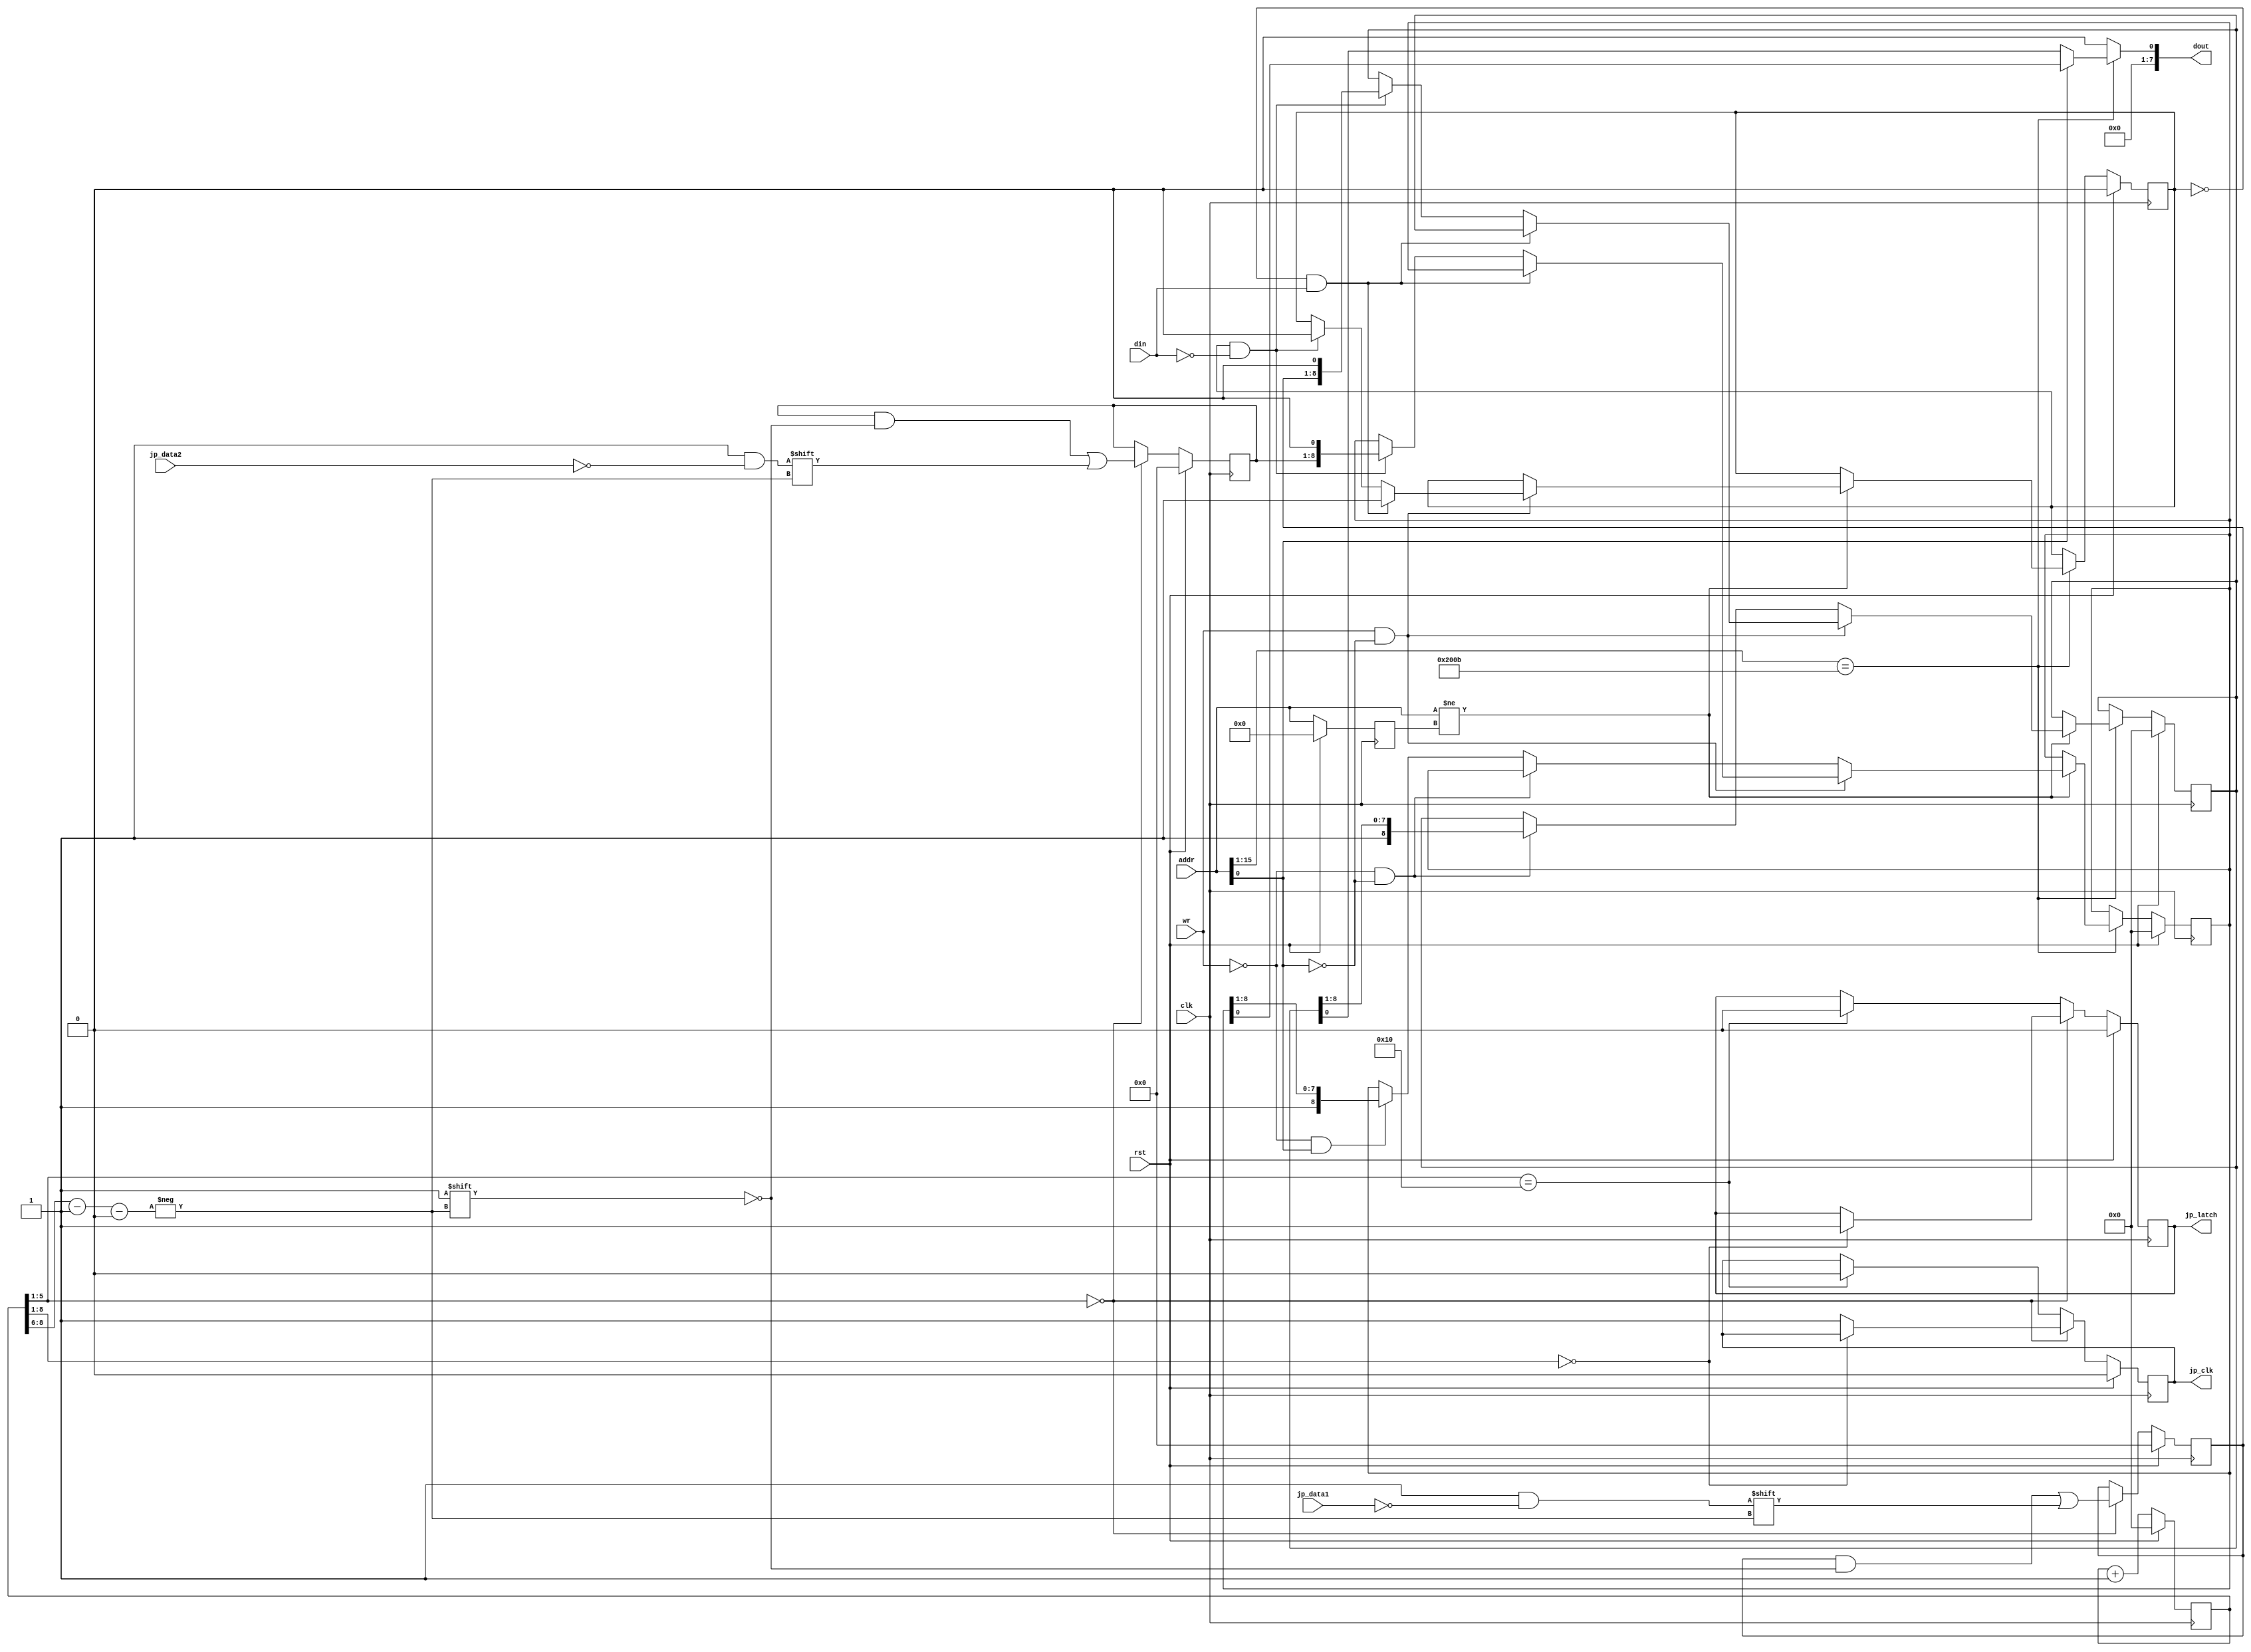
module jp_1
(
  input  wire        clk,       
  input  wire        rst,       
  input  wire        wr,        
  input  wire [15:0] addr,      
  input  wire        din,       
  input  wire        jp_data1,  
  input  wire        jp_data2,  
  output wire        jp_clk,    
  output wire        jp_latch,  
  output reg  [ 7:0] dout       
);
reg [7:0] q_jp1_state, d_jp1_state;
reg [7:0] q_jp2_state, d_jp2_state;
reg       q_jp_clk,    d_jp_clk;
reg       q_jp_latch,  d_jp_latch;
reg [8:0] q_cnt,       d_cnt;
always @(posedge clk)
  begin
    if (rst)
      begin
        q_jp1_state <= 8'h00;
        q_jp2_state <= 8'h00;
        q_jp_clk    <= 1'b0;
        q_jp_latch  <= 1'b0;
        q_cnt       <= 9'h00;
      end
    else
      begin
        q_jp1_state <= d_jp1_state;
        q_jp2_state <= d_jp2_state;
        q_jp_clk    <= d_jp_clk;
        q_jp_latch  <= d_jp_latch;
        q_cnt       <= d_cnt;
      end
  end
wire [2:0] state_idx;
always @*
  begin
    d_jp1_state = q_jp1_state;
    d_jp2_state = q_jp2_state;
    d_jp_clk    = q_jp_clk;
    d_jp_latch  = q_jp_latch;
    d_cnt = q_cnt + 9'h001;
    if (q_cnt[5:1] == 5'h00)
      begin
        d_jp1_state[state_idx] = ~jp_data1;
        d_jp2_state[state_idx] = ~jp_data2;
        if (q_cnt[8:1] == 8'h00)
          d_jp_latch = 1'b1;
        else
          d_jp_clk = 1'b1;
      end
    else if (q_cnt[5:1] == 5'h10)
      begin
        d_jp_clk   = 1'b0;
        d_jp_latch = 1'b0;
      end
  end
assign state_idx = q_cnt[8:6] - 3'h1;
assign jp_latch  = q_jp_latch;
assign jp_clk    = q_jp_clk;
localparam [15:0] JOYPAD1_MMR_ADDR = 16'h4016;
localparam [15:0] JOYPAD2_MMR_ADDR = 16'h4017;
localparam S_STROBE_WROTE_0 = 1'b0,
           S_STROBE_WROTE_1 = 1'b1;
reg [15:0] q_addr;
reg [ 8:0] q_jp1_read_state, d_jp1_read_state;
reg [ 8:0] q_jp2_read_state, d_jp2_read_state;
reg        q_strobe_state,   d_strobe_state;
always @(posedge clk)
  begin
    if (rst)
      begin
        q_addr           <= 16'h0000;
        q_jp1_read_state <= 9'h000;
        q_jp2_read_state <= 9'h000;
        q_strobe_state   <= S_STROBE_WROTE_0;
      end
    else
      begin
        q_addr           <= addr;
        q_jp1_read_state <= d_jp1_read_state;
        q_jp2_read_state <= d_jp2_read_state;
        q_strobe_state   <= d_strobe_state;
      end
  end
always @*
  begin
    dout = 8'h00;
    d_jp1_read_state = q_jp1_read_state;
    d_jp2_read_state = q_jp2_read_state;
    d_strobe_state   = q_strobe_state;
    if (addr[15:1] == JOYPAD1_MMR_ADDR[15:1])
      begin
        dout = { 7'h00, ((addr[0]) ? q_jp2_read_state[0] : q_jp1_read_state[0]) };
        if (addr != q_addr)
          begin
            if (wr && !addr[0])
              begin
                if ((q_strobe_state == S_STROBE_WROTE_0) && (din == 1'b1))
                  begin
                    d_strobe_state = S_STROBE_WROTE_1;
                  end
                else if ((q_strobe_state == S_STROBE_WROTE_1) && (din == 1'b0))
                  begin
                    d_strobe_state = S_STROBE_WROTE_0;
                    d_jp1_read_state = { q_jp1_state, 1'b0 };
                    d_jp2_read_state = { q_jp2_state, 1'b0 };
                  end
              end
            else if (!wr && !addr[0])
              d_jp1_read_state = { 1'b1, q_jp1_read_state[8:1] };
            else if (!wr && addr[0])
              d_jp2_read_state = { 1'b1, q_jp2_read_state[8:1] };
          end
      end
  end
endmodule